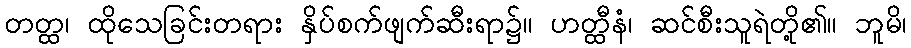
တတ္ထ၊ ထိုသေခြင်းတရား နှိပ်စက်ဖျက်ဆီးရာ၌။ ဟတ္ထီနံ၊ ဆင်စီးသူရဲတို့၏။ ဘူမိ၊